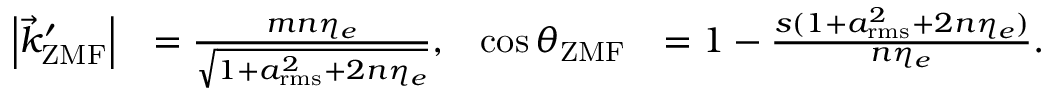
\begin{array} { r l r l } { { \left| { \vec { k } _ { \mathrm { Z M F } } ^ { \prime } } \right| } } & { = \frac { m n \eta _ { e } } { \sqrt { 1 + a _ { \mathrm { r m s } } ^ { 2 } + 2 n \eta _ { e } } } , } & { \cos \theta _ { \mathrm { Z M F } } } & { = 1 - \frac { s ( 1 + a _ { \mathrm { r m s } } ^ { 2 } + 2 n \eta _ { e } ) } { n \eta _ { e } } . } \end{array}